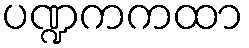
ပဏ္ဍကကထာ